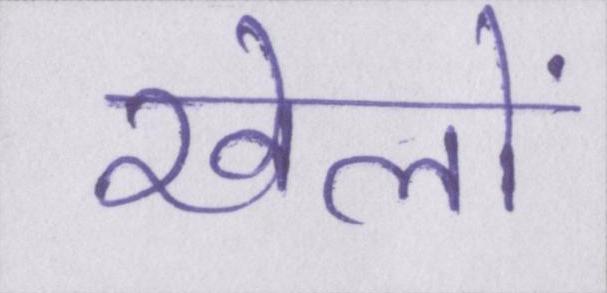
खेलों